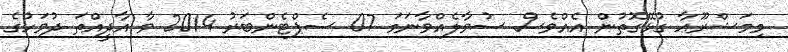
މިމަޝްރޫޢާ ގުޅޭގޮތުން އެއްވެސް ސުވާލެއްވާނަމަ 07 ސެޕްޓެންބަރު 2014 ވާ އާދީއްތަ ދުވަހުގެ